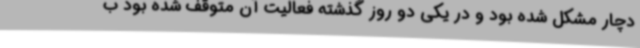
دچار مشکل شده بود و در یکی دو روز گذشته فعالیت آن متوقف شده بود ب